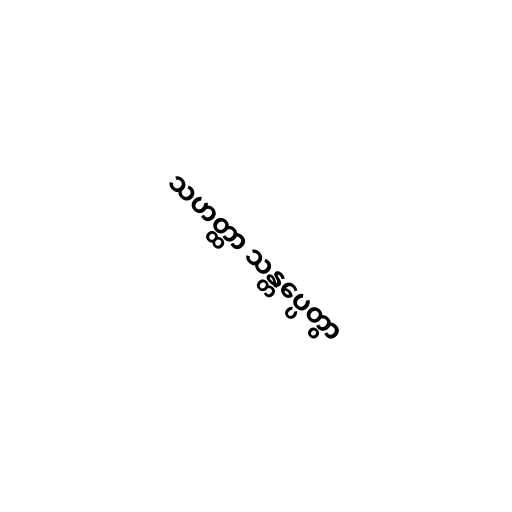
သဟတ္ထာ သန္တပ္ပေတွာ